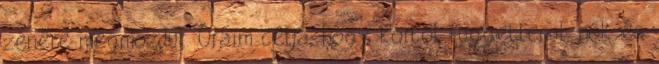
zenére megmozdul. Óráim célja, hogy kortól függetlenül, nők és